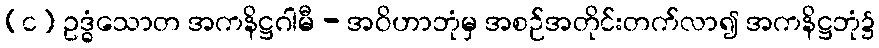
(င) ဥဒ္ဓံသောတ အကနိဋ္ဌဂါမီ - အဝိဟာဘုံမှ အစဉ်အတိုင်းတက်လာ၍ အကနိဋ္ဌဘုံ၌